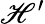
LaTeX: \mathscr{H}^{\prime}